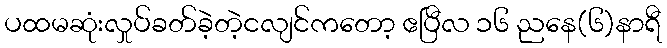
ပထမဆုံးလှုပ်ခတ်ခဲ့တဲ့ငလျင်ကတော့ ဧပြီလ ၁၆ ညနေ(၆)နာရီ